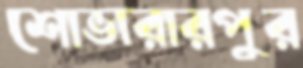
শোভারারপুর